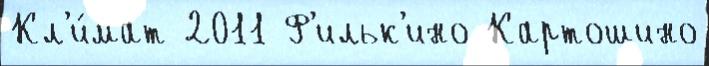
Кл'и́мат 2011 Ф'ильк'ино Картошино